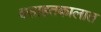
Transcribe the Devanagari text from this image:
वसाहतकालात